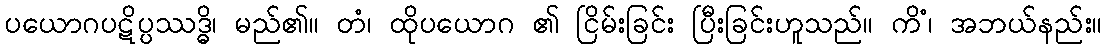
ပယောဂပဋိပ္ပဿဒ္ဓိ၊ မည်၏။ တံ၊ ထိုပယောဂ ၏ ငြိမ်းခြင်း ပြီးခြင်းဟူသည်။ ကိံ၊ အဘယ်နည်း။